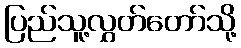
ပြည်သူ့လွှတ်တော်သို့